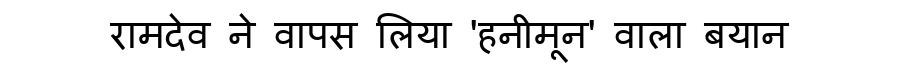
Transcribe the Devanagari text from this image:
रामदेव ने वापस लिया 'हनीमून' वाला बयान